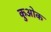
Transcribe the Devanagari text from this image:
कुओक